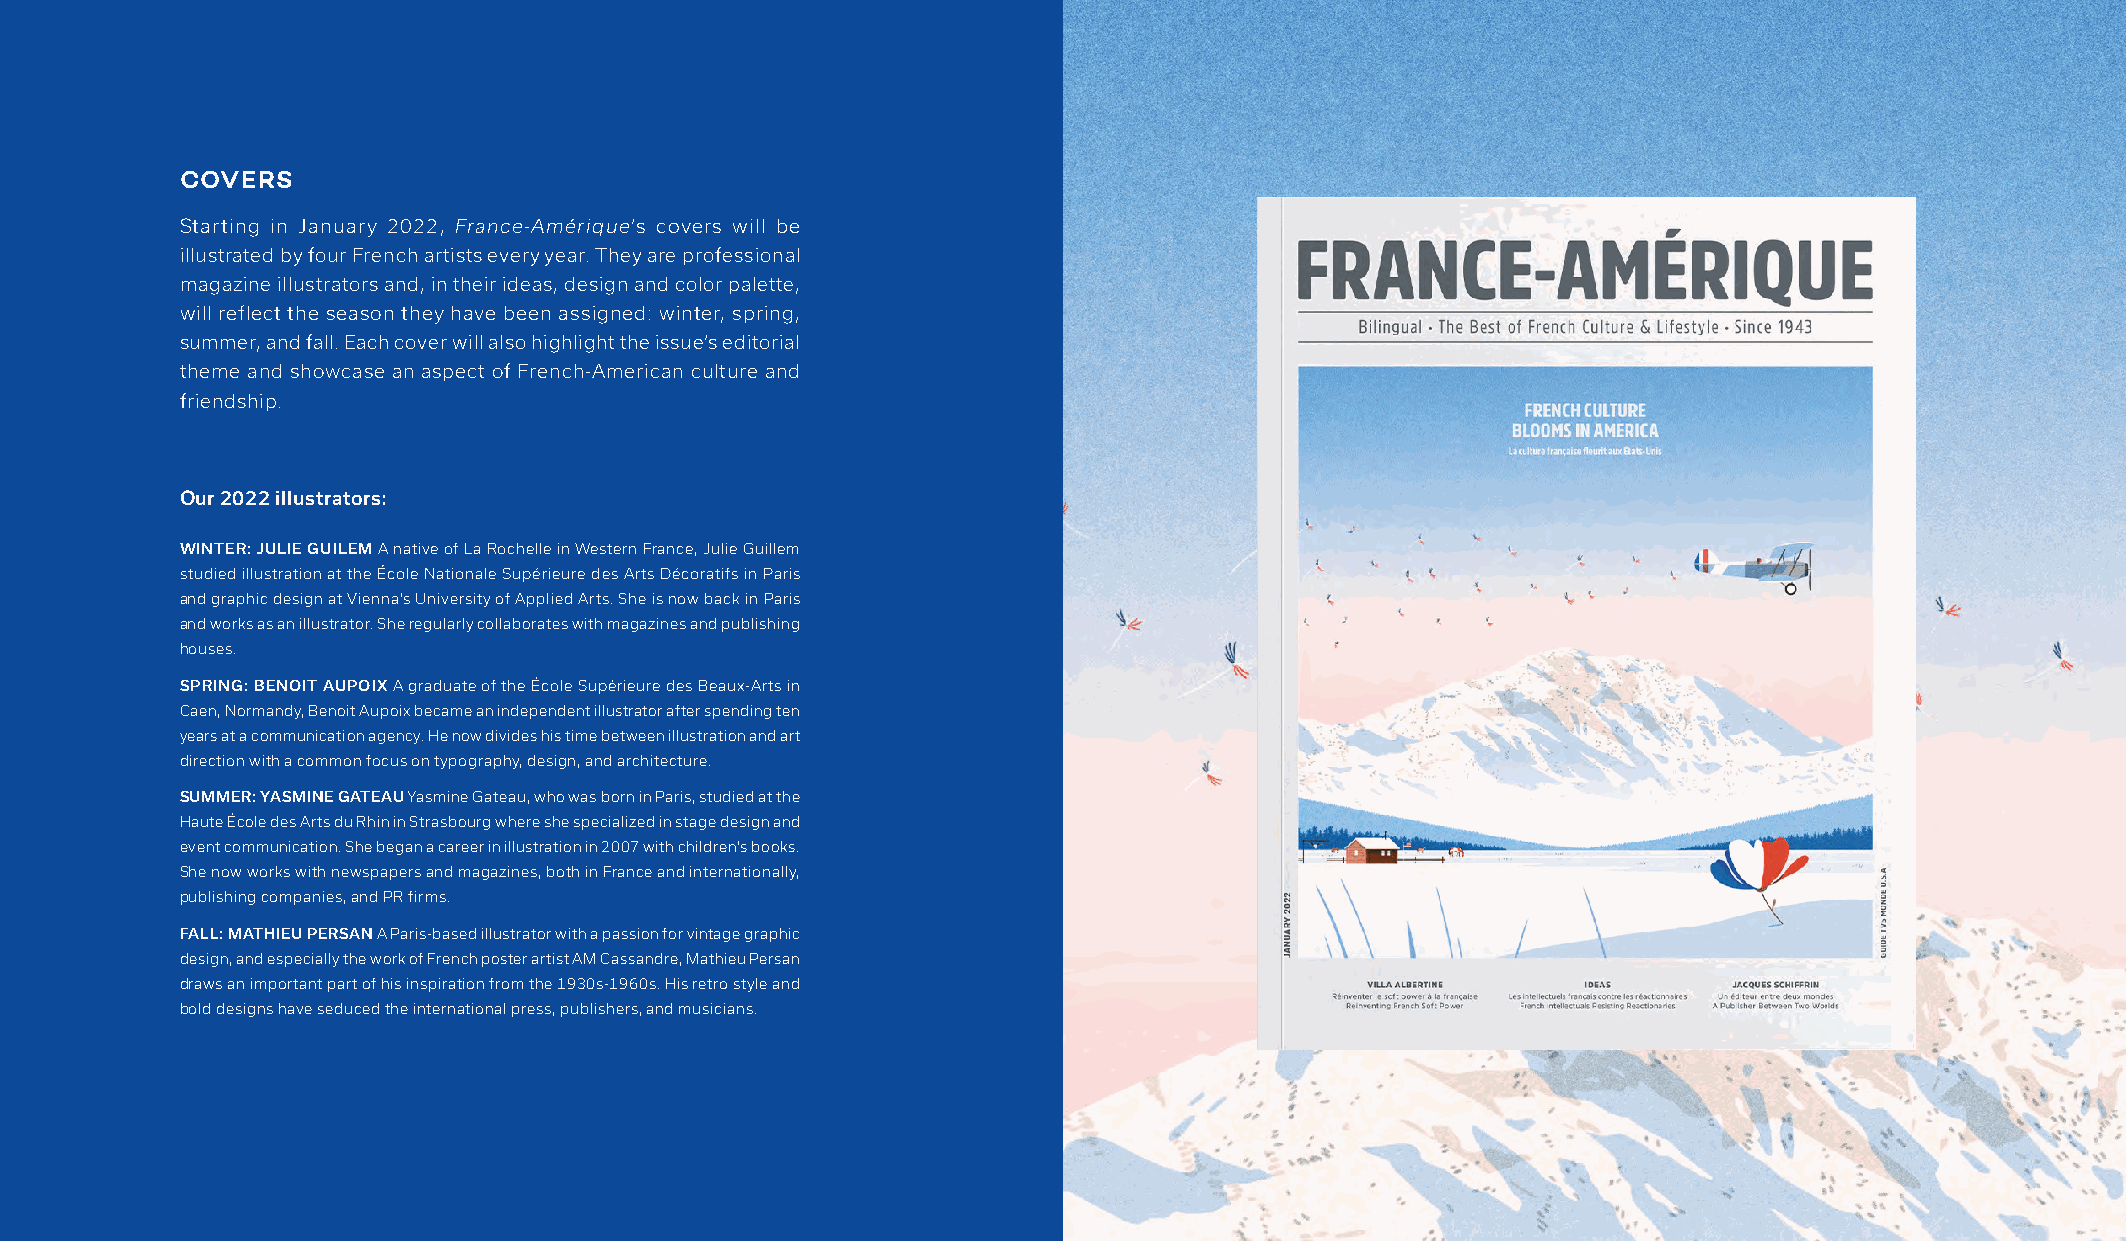
COVERS
 Starting in January 2022, France-Amérique’s covers will be
 illustrated by four French artists every year. They are professional
 magazine illustrators and, in their ideas, design and color palette,
 will reflect the season they have been assigned: winter, spring,
 summer, and fall. Each cover will also highlight the issue’s editorial
 theme and showcase an aspect of French-American culture and
 friendship.
 Our 2022 illustrators:
 WINTER: JULIE GUILEM A native of La Rochelle in Western France, Julie Guillem
 studied illustration at the École Nationale Supérieure des Arts Décoratifs in Paris
 and graphic design at Vienna’s University of Applied Arts. She is now back in Paris
 and works as an illustrator. She regularly collaborates with magazines and publishing
 houses.
 SPRING: BENOIT AUPOIX A graduate of the École Supérieure des Beaux-Arts in
 Caen, Normandy, Benoit Aupoix became an independent illustrator after spending ten
 years at a communication agency. He now divides his time between illustration and art
 direction with a common focus on typography, design, and architecture.
 SUMMER: YASMINE GATEAU Yasmine Gateau, who was born in Paris, studied at the
 Haute École des Arts du Rhin in Strasbourg where she specialized in stage design and
 event communication. She began a career in illustration in 2007 with children’s books.
 She now works with newspapers and magazines, both in France and internationally,
 publishing companies, and PR firms.
 FALL: MATHIEU PERSAN A Paris-based illustrator with a passion for vintage graphic
 design, and especially the work of French poster artist AM Cassandre, Mathieu Persan
 draws an important part of his inspiration from the 1930s-1960s. His retro style and
 bold designs have seduced the international press, publishers, and musicians.